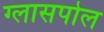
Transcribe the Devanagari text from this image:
ग्लासपोल